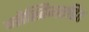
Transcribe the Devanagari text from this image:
जोखिमरहित